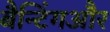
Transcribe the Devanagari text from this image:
बैन्टिंगऔर